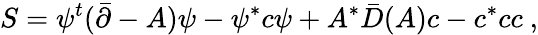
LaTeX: S=\psi^{t}(\bar{\partial}-A)\psi-\psi^{*}c\psi+A^{*}\bar{D}(A)c-c^{*}cc\ ,